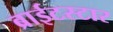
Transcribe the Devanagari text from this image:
ब्राईटस्टार